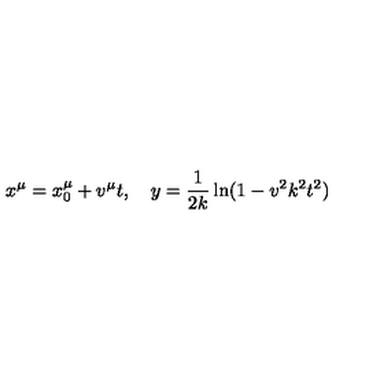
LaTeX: x ^ { \mu } = x _ { 0 } ^ { \mu } + v ^ { \mu } t , \quad y = \frac { 1 } { 2 k } \ln ( 1 - v ^ { 2 } k ^ { 2 } t ^ { 2 } )